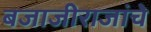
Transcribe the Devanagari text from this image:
बजाजीराजांचे